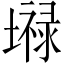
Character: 𪤤